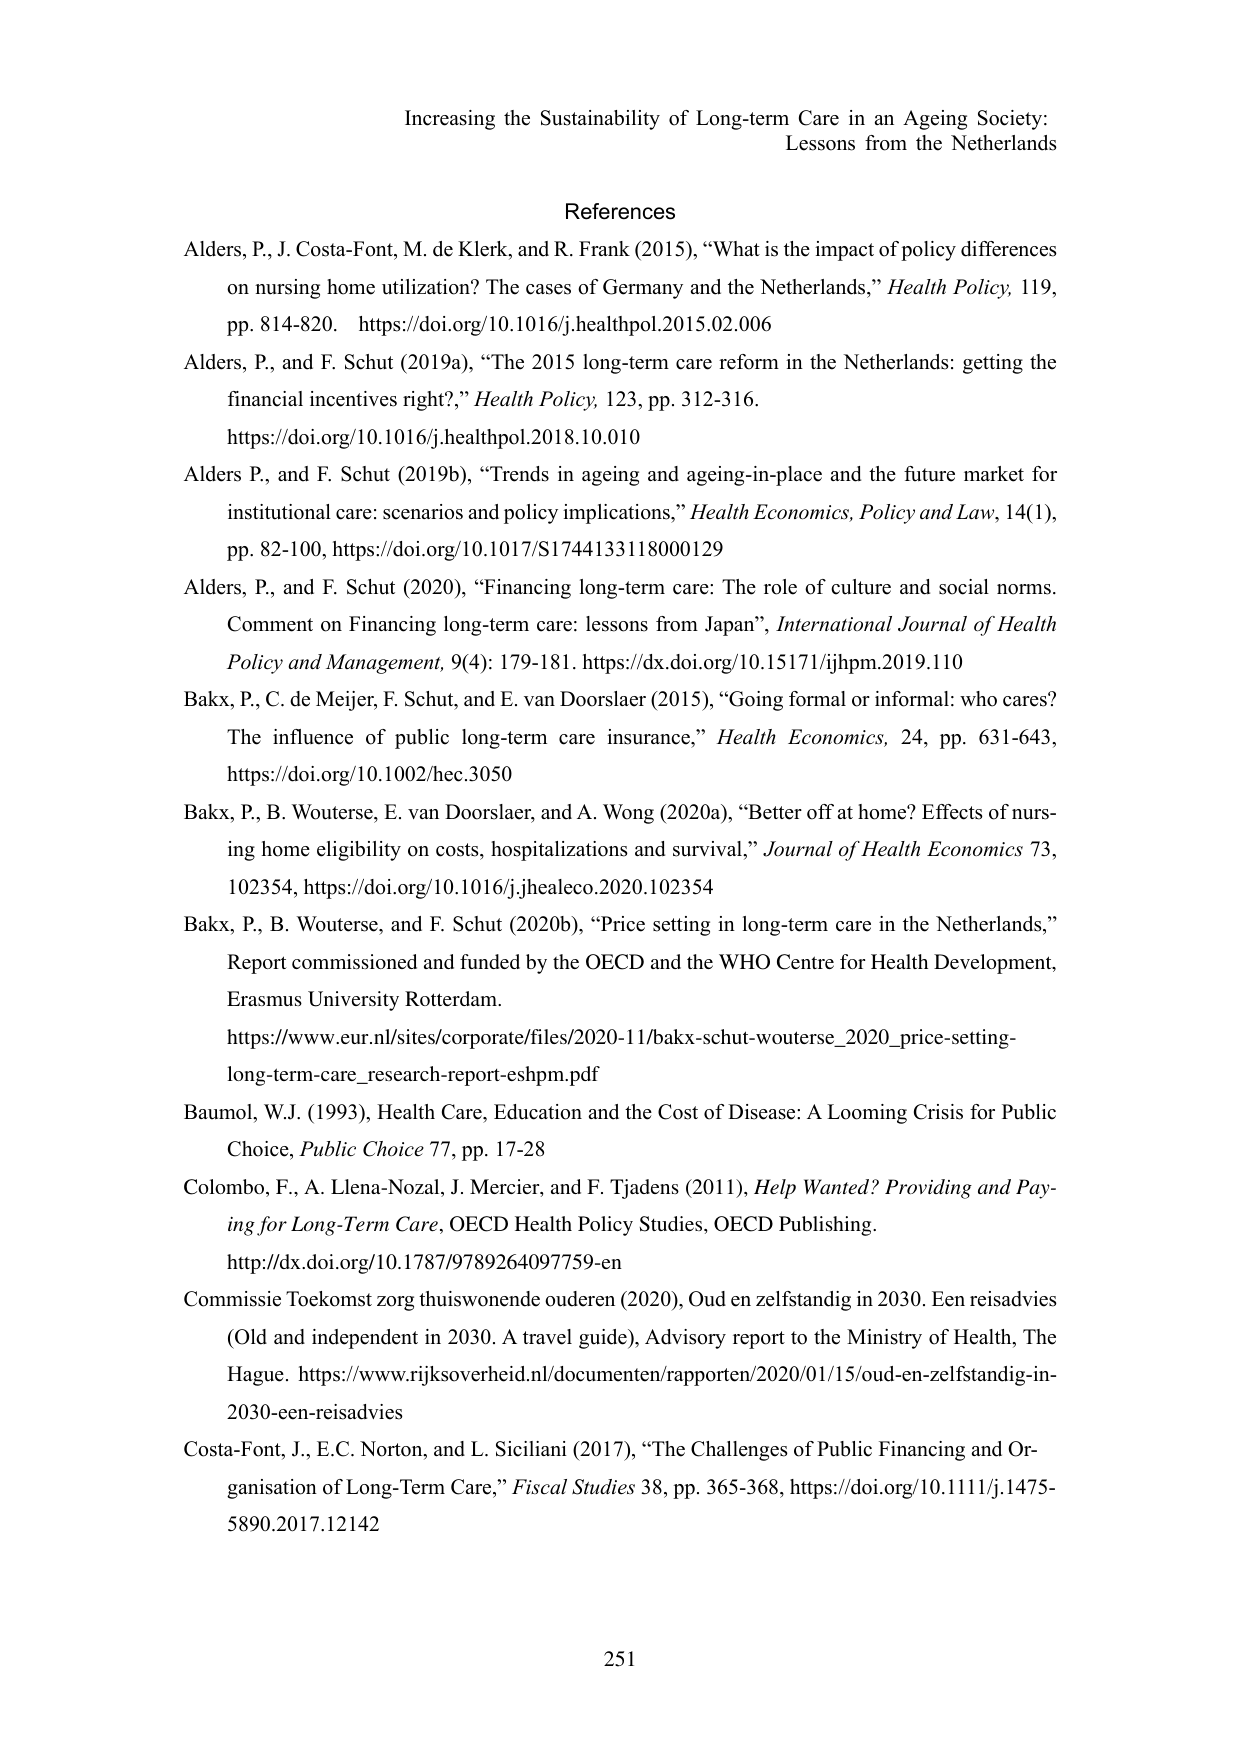
Increasing the Sustainability of Long-term Care in an Ageing Society:
Lessons from the Netherlands

References
Alders, P., J. Costa-Font, M. de Klerk, and R. Frank (2015), “What is the impact of policy differences on nursing home utilization? The cases of Germany and the Netherlands,” Health Policy, 119, pp. 814-820. https://doi.org/10.1016/j.healthpol.2015.02.006
Alders, P., and F. Schut (2019a), “The 2015 long-term care reform in the Netherlands: getting the financial incentives right?,” Health Policy, 123, pp. 312-316. https://doi.org/10.1016/j.healthpol.2018.10.010
Alders P., and F. Schut (2019b), “Trends in ageing and ageing-in-place and the future market for institutional care: scenarios and policy implications,” Health Economics, Policy and Law, 14(1), pp. 82-100, https://doi.org/10.1017/S1744133118000129
Alders, P., and F. Schut (2020), “Financing long-term care: The role of culture and social norms. Comment on Financing long-term care: lessons from Japan”, International Journal of Health Policy and Management, 9(4): 179-181. https://dx.doi.org/10.15171/ijhpm.2019.110
Bakx, P., C. de Meijer, F. Schut, and E. van Doorslaer (2015), “Going formal or informal: who cares? The influence of public long-term care insurance,” Health Economics, 24, pp. 631-643, https://doi.org/10.1002/hec.3050
Bakx, P., B. Wouterse, E. van Doorslaer, and A. Wong (2020a), “Better off at home? Effects of nursing home eligibility on costs, hospitalizations and survival,” Journal of Health Economics 73, 102354, https://doi.org/10.1016/j.jhealeco.2020.102354
Bakx, P., B. Wouterse, and F. Schut (2020b), “Price setting in long-term care in the Netherlands,” Report commissioned and funded by the OECD and the WHO Centre for Health Development, Erasmus University Rotterdam. https://www.eur.nl/sites/corporate/files/2020-11/bakx-schut-wouterse_2020_price-setting-long-term-care_research-report-esphm.pdf
Baumol, W.J. (1993), Health Care, Education and the Cost of Disease: A Looming Crisis for Public Choice, Public Choice 77, pp. 17-28
Colombo, F., A. Llena-Nozal, J. Mercier, and F. Tjadens (2011), Help Wanted? Providing and Paying for Long-Term Care, OECD Health Policy Studies, OECD Publishing. http://dx.doi.org/10.1787/9789264097759-en
Commissie Toekomst zorg thuiswonende ouderen (2020), Oud en zelfstandig in 2030. Een reisadvies (Old and independent in 2030. A travel guide), Advisory report to the Ministry of Health, The Hague. https://www.rijksoverheid.nl/documenten/rapporten/2020/01/15/oud-en-zelfstandig-in-2030-een-reisadvies
Costa-Font, J., E.C. Norton, and L. Siciliani (2017), “The Challenges of Public Financing and Organisation of Long-Term Care,” Fiscal Studies 38, pp. 365-368, https://doi.org/10.1111/j.1475-5890.2017.12142

251